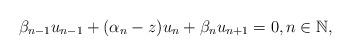
LaTeX: \begin{align*} \beta_{n-1}u_{n-1}+(\alpha_{n}-z)u_{n}+\beta_{n}u_{n+1}=0, n\in\mathbb{N},\end{align*}